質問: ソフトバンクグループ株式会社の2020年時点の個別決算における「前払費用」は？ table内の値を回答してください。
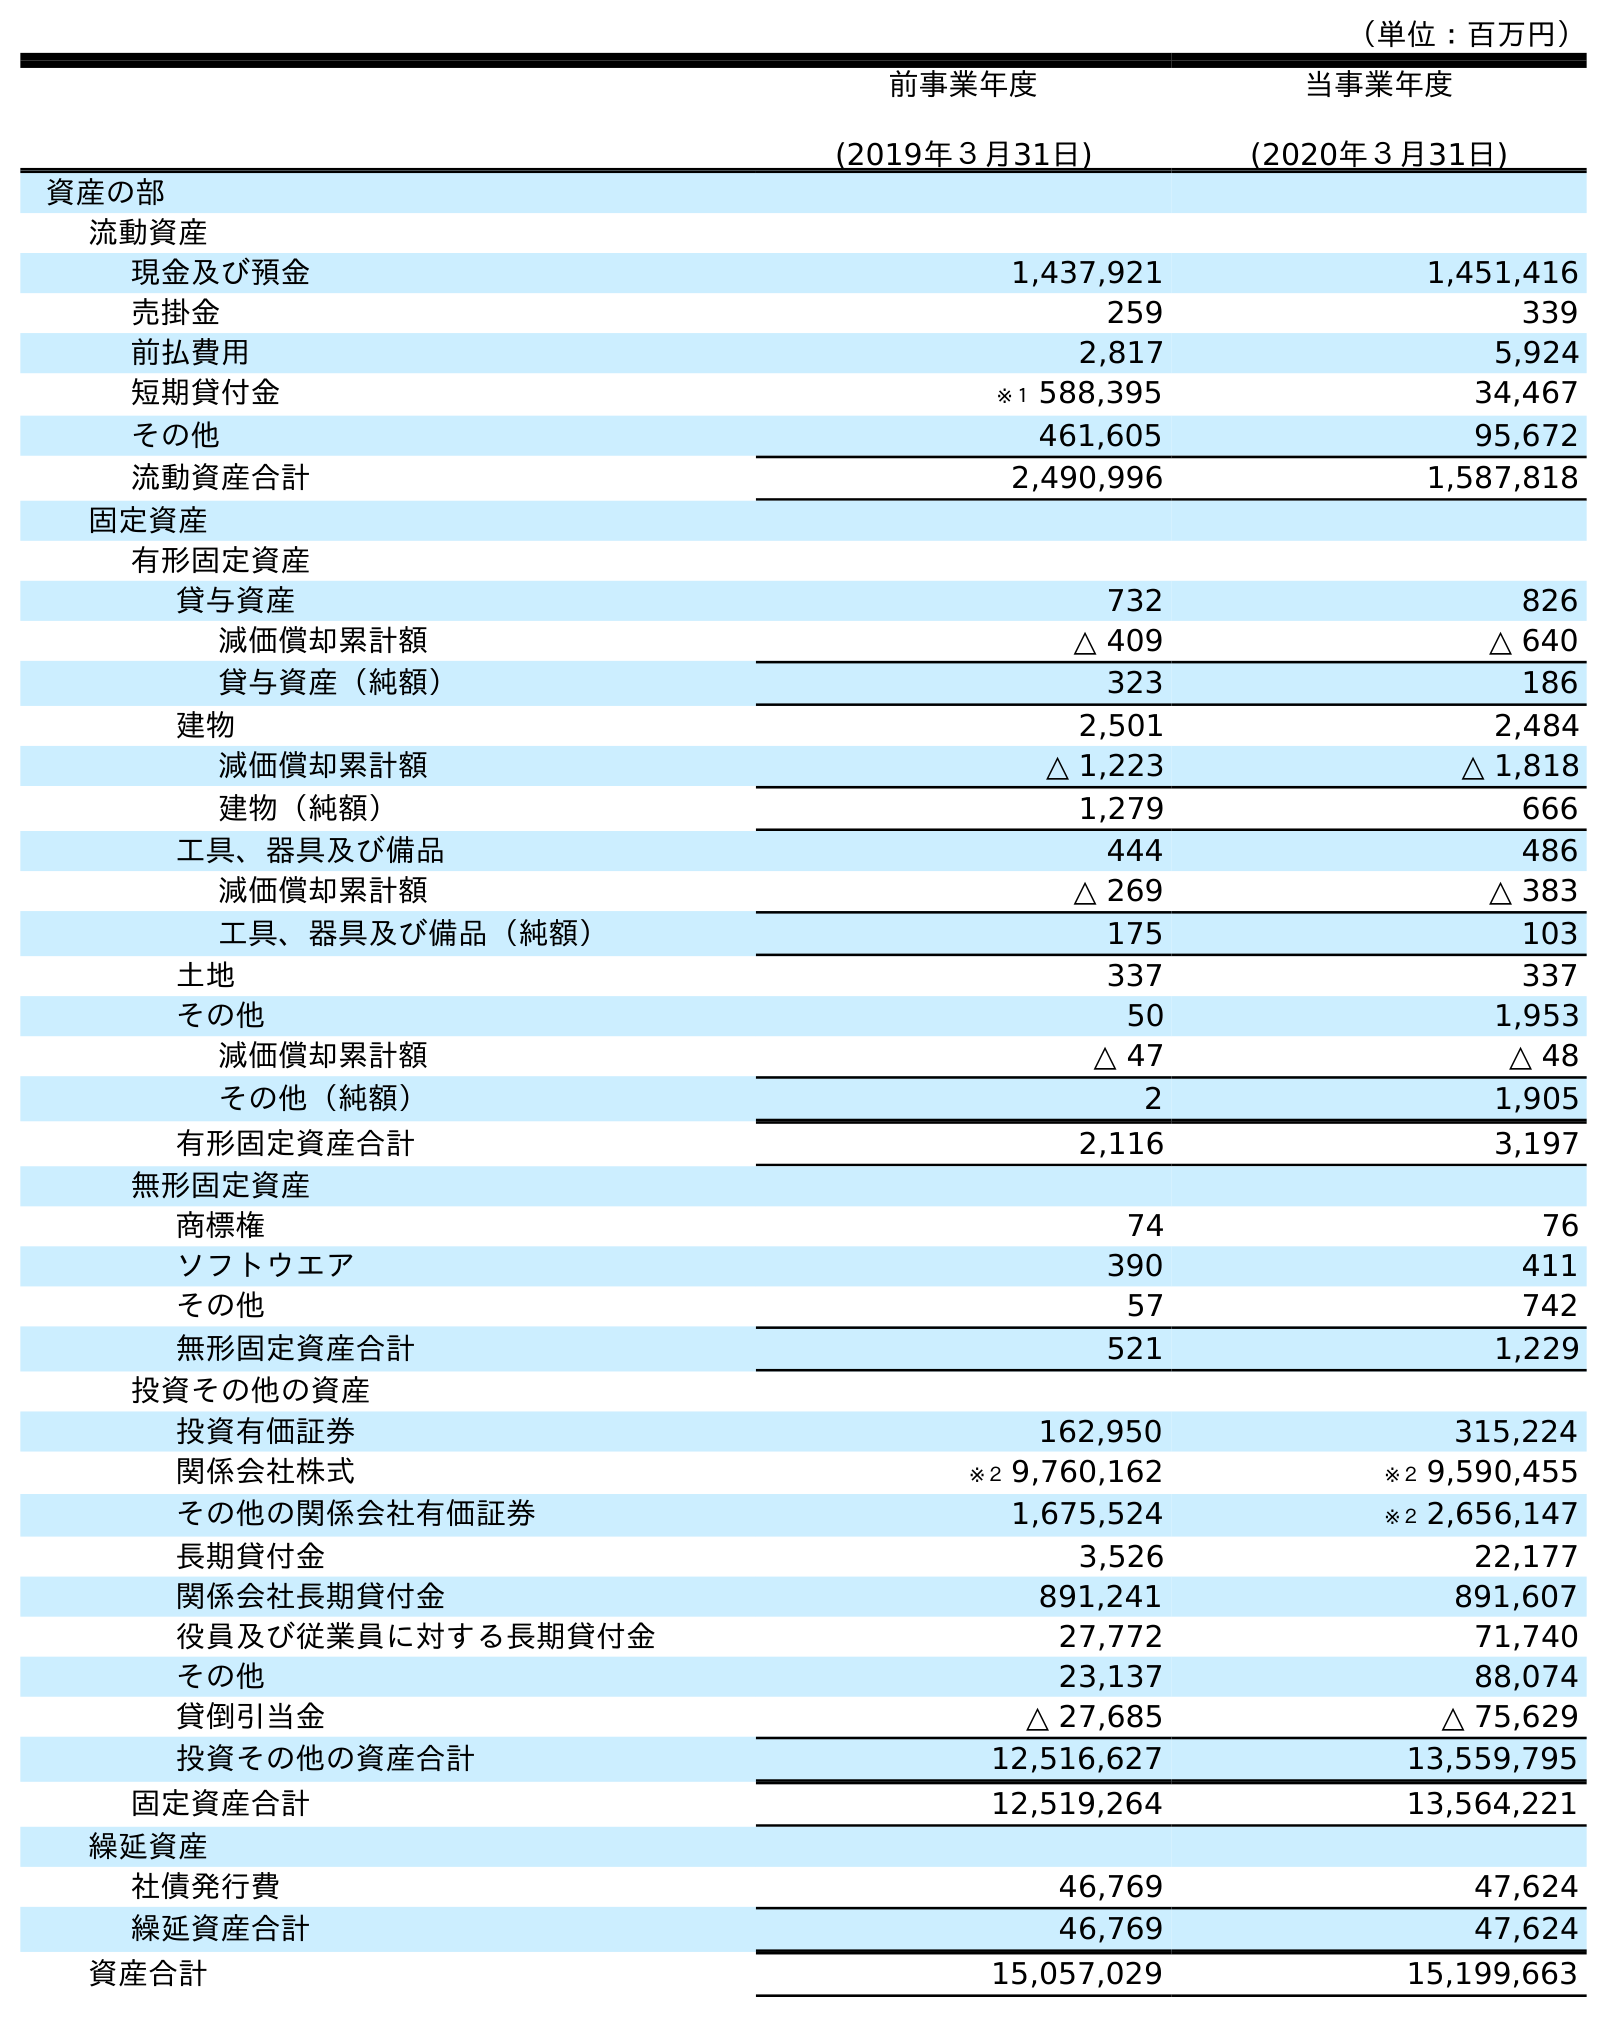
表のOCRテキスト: （単位：百万円） 前事業年度 (2019年３月31日) 当事業年度 (2020年３月31日) 資産の部 流動資産 現金及び預金 1,437,921 1,451,416 売掛金 259 339 前払費用 2,817 5,924 短期貸付金 ※１ 588,395 34,467 その他 461,605 95,672 流動資産合計 2,490,996 1,587,818 固定資産 有形固定資産 貸与資産 732 826 減価償却累計額 △ 409 △ 640 貸与資産（純額） 323 186 建物 2,501 2,484 減価償却累計額 △ 1,223 △ 1,818 建物（純額） 1,279 666 工具、器具及び備品 444 486 減価償却累計額 △ 269 △ 383 工具、器具及び備品（純額） 175 103 土地 337 337 その他 50 1,953 減価償却累計額 △ 47 △ 48 その他（純額） 2 1,905 有形固定資産合計 2,116 3,197 無形固定資産 商標権 74 76 ソフトウエア 390 411 その他 57 742 無形固定資産合計 521 1,229 投資その他の資産 投資有価証券 162,950 315,224 関係会社株式 ※２ 9,760,162 ※２ 9,590,455 その他の関係会社有価証券 1,675,524 ※２ 2,656,147 長期貸付金 3,526 22,177 関係会社長期貸付金 891,241 891,607 役員及び従業員に対する長期貸付金 27,772 71,740 その他 23,137 88,074 貸倒引当金 △ 27,685 △ 75,629 投資その他の資産合計 12,516,627 13,559,795 固定資産合計 12,519,264 13,564,221 繰延資産 社債発行費 46,769 47,624 繰延資産合計 46,769 47,624 資産合計 15,057,029 15,199,663
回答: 5,924